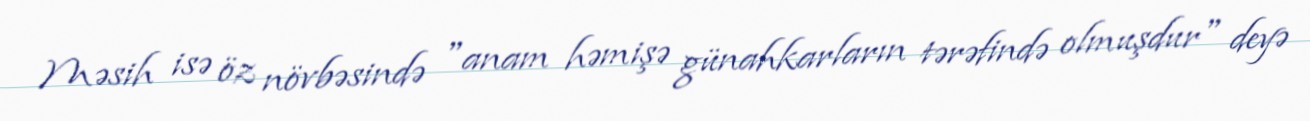
Məsih isə öz növbəsində "anam həmişə günahkarların tərəfində olmuşdur" deyə